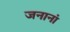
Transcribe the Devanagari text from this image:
जनानां